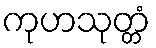
ကုဟသုတ္တံ